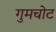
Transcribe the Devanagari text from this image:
गुमचोट